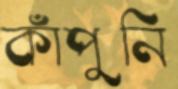
কাঁপুনি